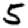
Digit: 5